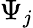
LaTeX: \Psi_{j}